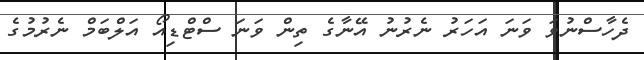
ދެހާސްނުވަ ވަނަ އަހަރު ނެރުނު އޭނާގެ ތިން ވަނަ ސްޓްޑިއޯ އަލްބަމް ނެރުމުގެ